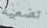
تضعيه